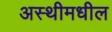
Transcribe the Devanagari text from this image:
अस्थीमधील